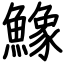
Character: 鱌